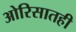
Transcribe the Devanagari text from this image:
ओरिसातही